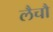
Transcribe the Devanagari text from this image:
लैचौ